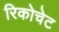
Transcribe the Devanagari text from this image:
रिकोचेट